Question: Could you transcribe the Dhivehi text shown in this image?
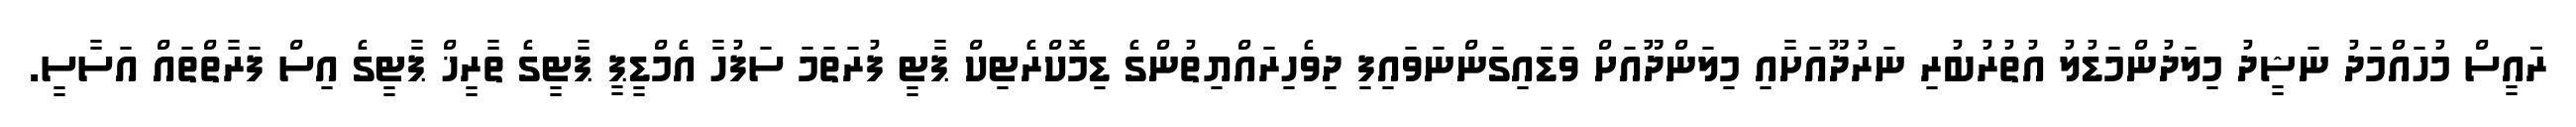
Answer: ރަައީސް މުހައްމަދު ނަޝީދު މިލަދުންމަޑުލު އުތުރުބުރި ނަރުދޫއަށާއި މިލަންދޫއަށް ވަޑައިގަންނަވައިފި ދިވެހިރައްޔިތުންގެ ޑިމޮކްރެޓިކް ޕާޓީ ފުރަތަމަ ސަފުހާ އެމްޑީޕީ ޕާޓީގެ ތާރީޚް ޕާޓީގެ އިސް ފަރާތްތައް އަސާސީ.